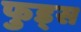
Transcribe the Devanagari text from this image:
फुड्स